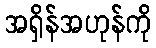
အရှိန်အဟုန်ကို